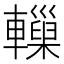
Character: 𨏋